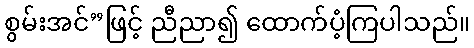
စွမ်းအင်”ဖြင့် ညီညာ၍ ထောက်ပံ့ကြပါသည်။